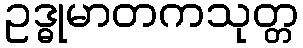
ဥဒ္ဓုမာတကသုတ္တ